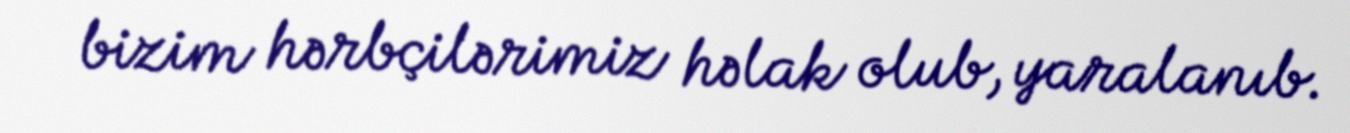
bizim hərbçilərimiz həlak olub, yaralanıb.